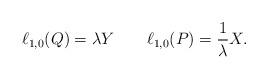
LaTeX: \begin{align*}\ell_{1,0}(Q)=\lambda Y\quad\quad\ell_{1,0}(P)=\frac 1{\lambda}X.\end{align*}